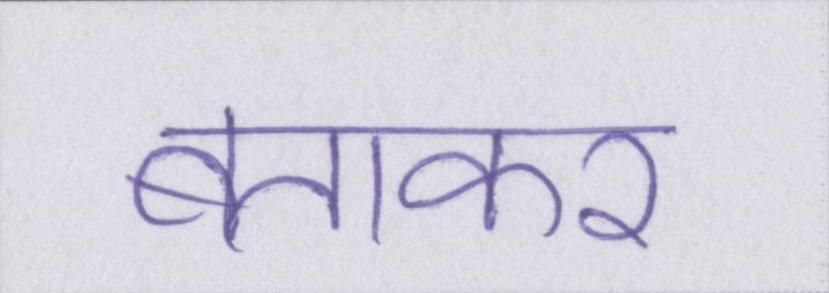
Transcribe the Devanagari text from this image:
बताकर